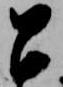
召